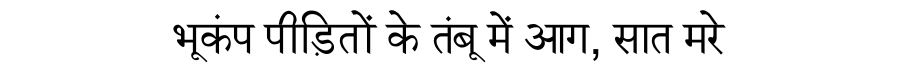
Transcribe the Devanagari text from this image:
भूकंप पीड़ितों के तंबू में आग, सात मरे